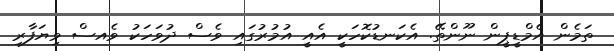
ތަމެން އެމްޑީޕީން ނޫންތޭ. އެކަނޑުކޮހަކީ އެއީ އުމުރުގައި ވެސް ދުވަހަކު ވެއސް ވިޔަފާރި